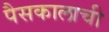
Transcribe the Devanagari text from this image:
पैसकालाची